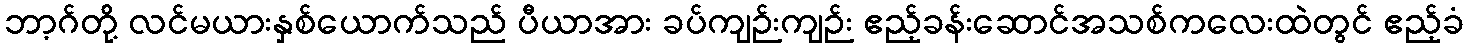
ဘာ့ဂ်တို့ လင်မယားနှစ်ယောက်သည် ပီယာအား ခပ်ကျဉ်းကျဉ်း ဧည့်ခန်းဆောင်အသစ်ကလေးထဲတွင် ဧည့်ခံ